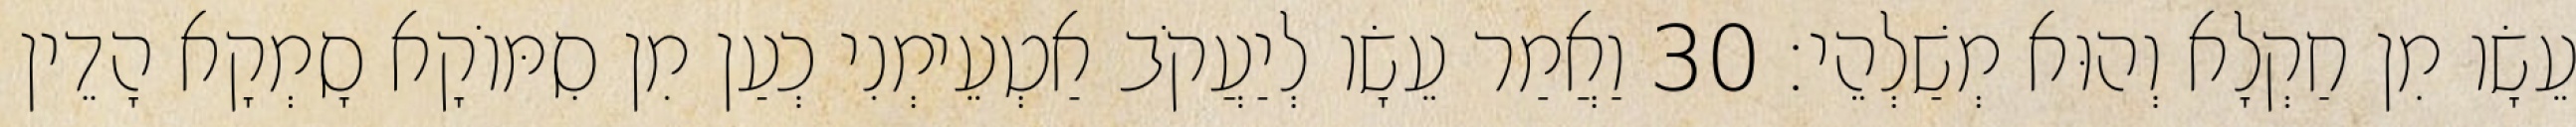
עֵשָׂו מִן חַקְלָא וְהוּא מְשַׁלְהֵי׃ 30 וַאֲמַר עֵשָׂו לְיַעֲקֹב אַטְעֵימְנִי כְעַן מִן סִמּוֹקָא סָמְקָא הָדֵין